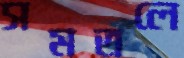
সমতলে